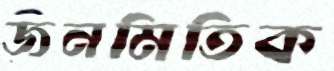
জনমিতিক